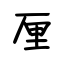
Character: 厘